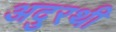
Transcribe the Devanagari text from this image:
अदुरथी